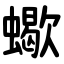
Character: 蠍